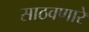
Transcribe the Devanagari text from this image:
साठवणारे